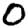
Digit: 0